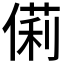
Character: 𠍆